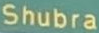
Shubra